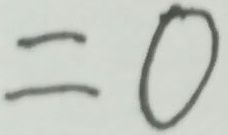
= 0